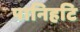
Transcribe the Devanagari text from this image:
पानिहटि